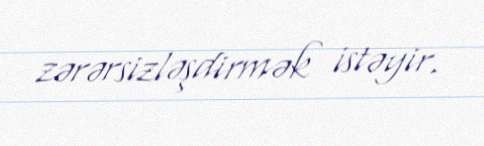
zərərsizləşdirmək istəyir.